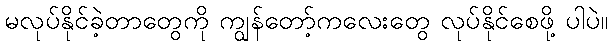
မလုပ်နိုင်ခဲ့တာတွေကို ကျွန်တော့်ကလေးတွေ လုပ်နိုင်စေဖို့ ပါပဲ။